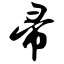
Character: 帚